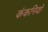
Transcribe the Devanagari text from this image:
कंकनियों